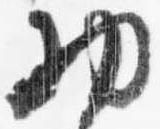
物